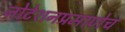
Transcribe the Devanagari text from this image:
नोटेशनप्रमाणेच